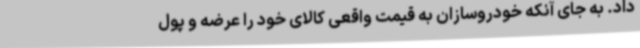
داد. به جای آنکه خودروسازان به قیمت واقعی کالای خود را عرضه و پول